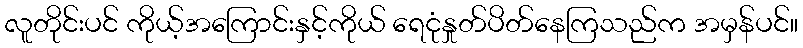
လူတိုင်းပင် ကိုယ့်အကြောင်းနှင့်ကိုယ် ရေငုံနှုတ်ပိတ်နေကြသည်က အမှန်ပင်။